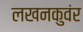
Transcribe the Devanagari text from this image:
लखनकुवंर